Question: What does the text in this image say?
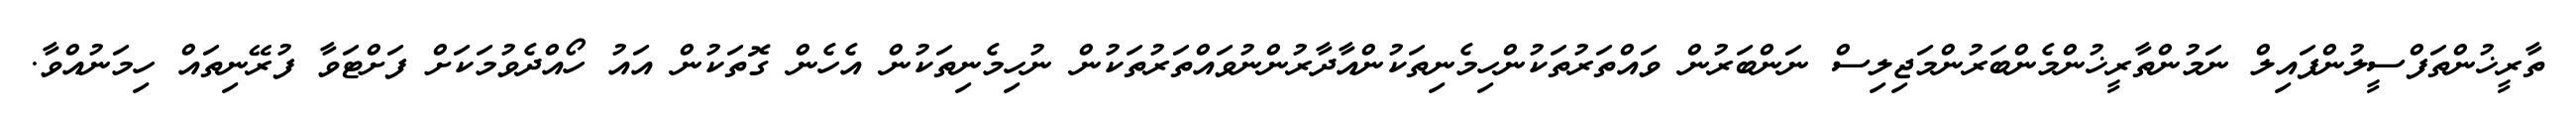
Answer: ތާރީޚުންތަފްސީލުންފައިލް ނަމުންތާރީޚުންމެންބަރުންމަޖިލިސް ނަންބަރުން ވައްތަރުތަކުންހިމެނިތަކުންއާދާރުންނުވައްތަރުތަކުން ނުހިމެނިތަކުން އެހެން ގޮތަކުން އައު ހޯއްދެވުމަކަށް ފަށްޓަވާ ފުރޭނިތައް ހިމަނުއްވާ.